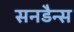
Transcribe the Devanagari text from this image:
सनडैन्स